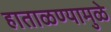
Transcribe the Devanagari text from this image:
हाताळण्यामुळे